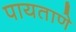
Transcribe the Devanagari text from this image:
पायताणे